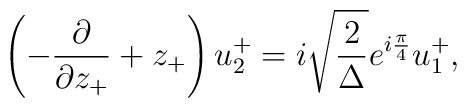
\left( - \frac{\partial}{{\partial}z_{+}} + z_{+} \right) u_2^{+} =i \sqrt{\frac{2}{\Delta}} e^{i\frac{\pi}{4}} u_1^{+},